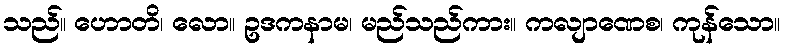
သည်။ ဟောတိ၊ လော။ ဥဒကနာမ၊ မည်သည်ကား။ ကလျာဏေစ၊ ကုန်သော။